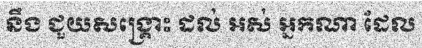
នឹង ជួយសង្គ្រោះ ដល់ អស់ អ្នកណា ដែល